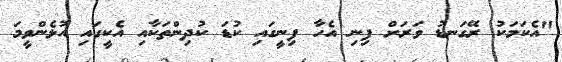
"އެކަމަކު ރޭގަނޑު ވަރަށް ފިނި އެހާ ފިނީގައި ކުޑަ ކުދިންތަކާއި އެކީގައި އުޅެންވީމަ